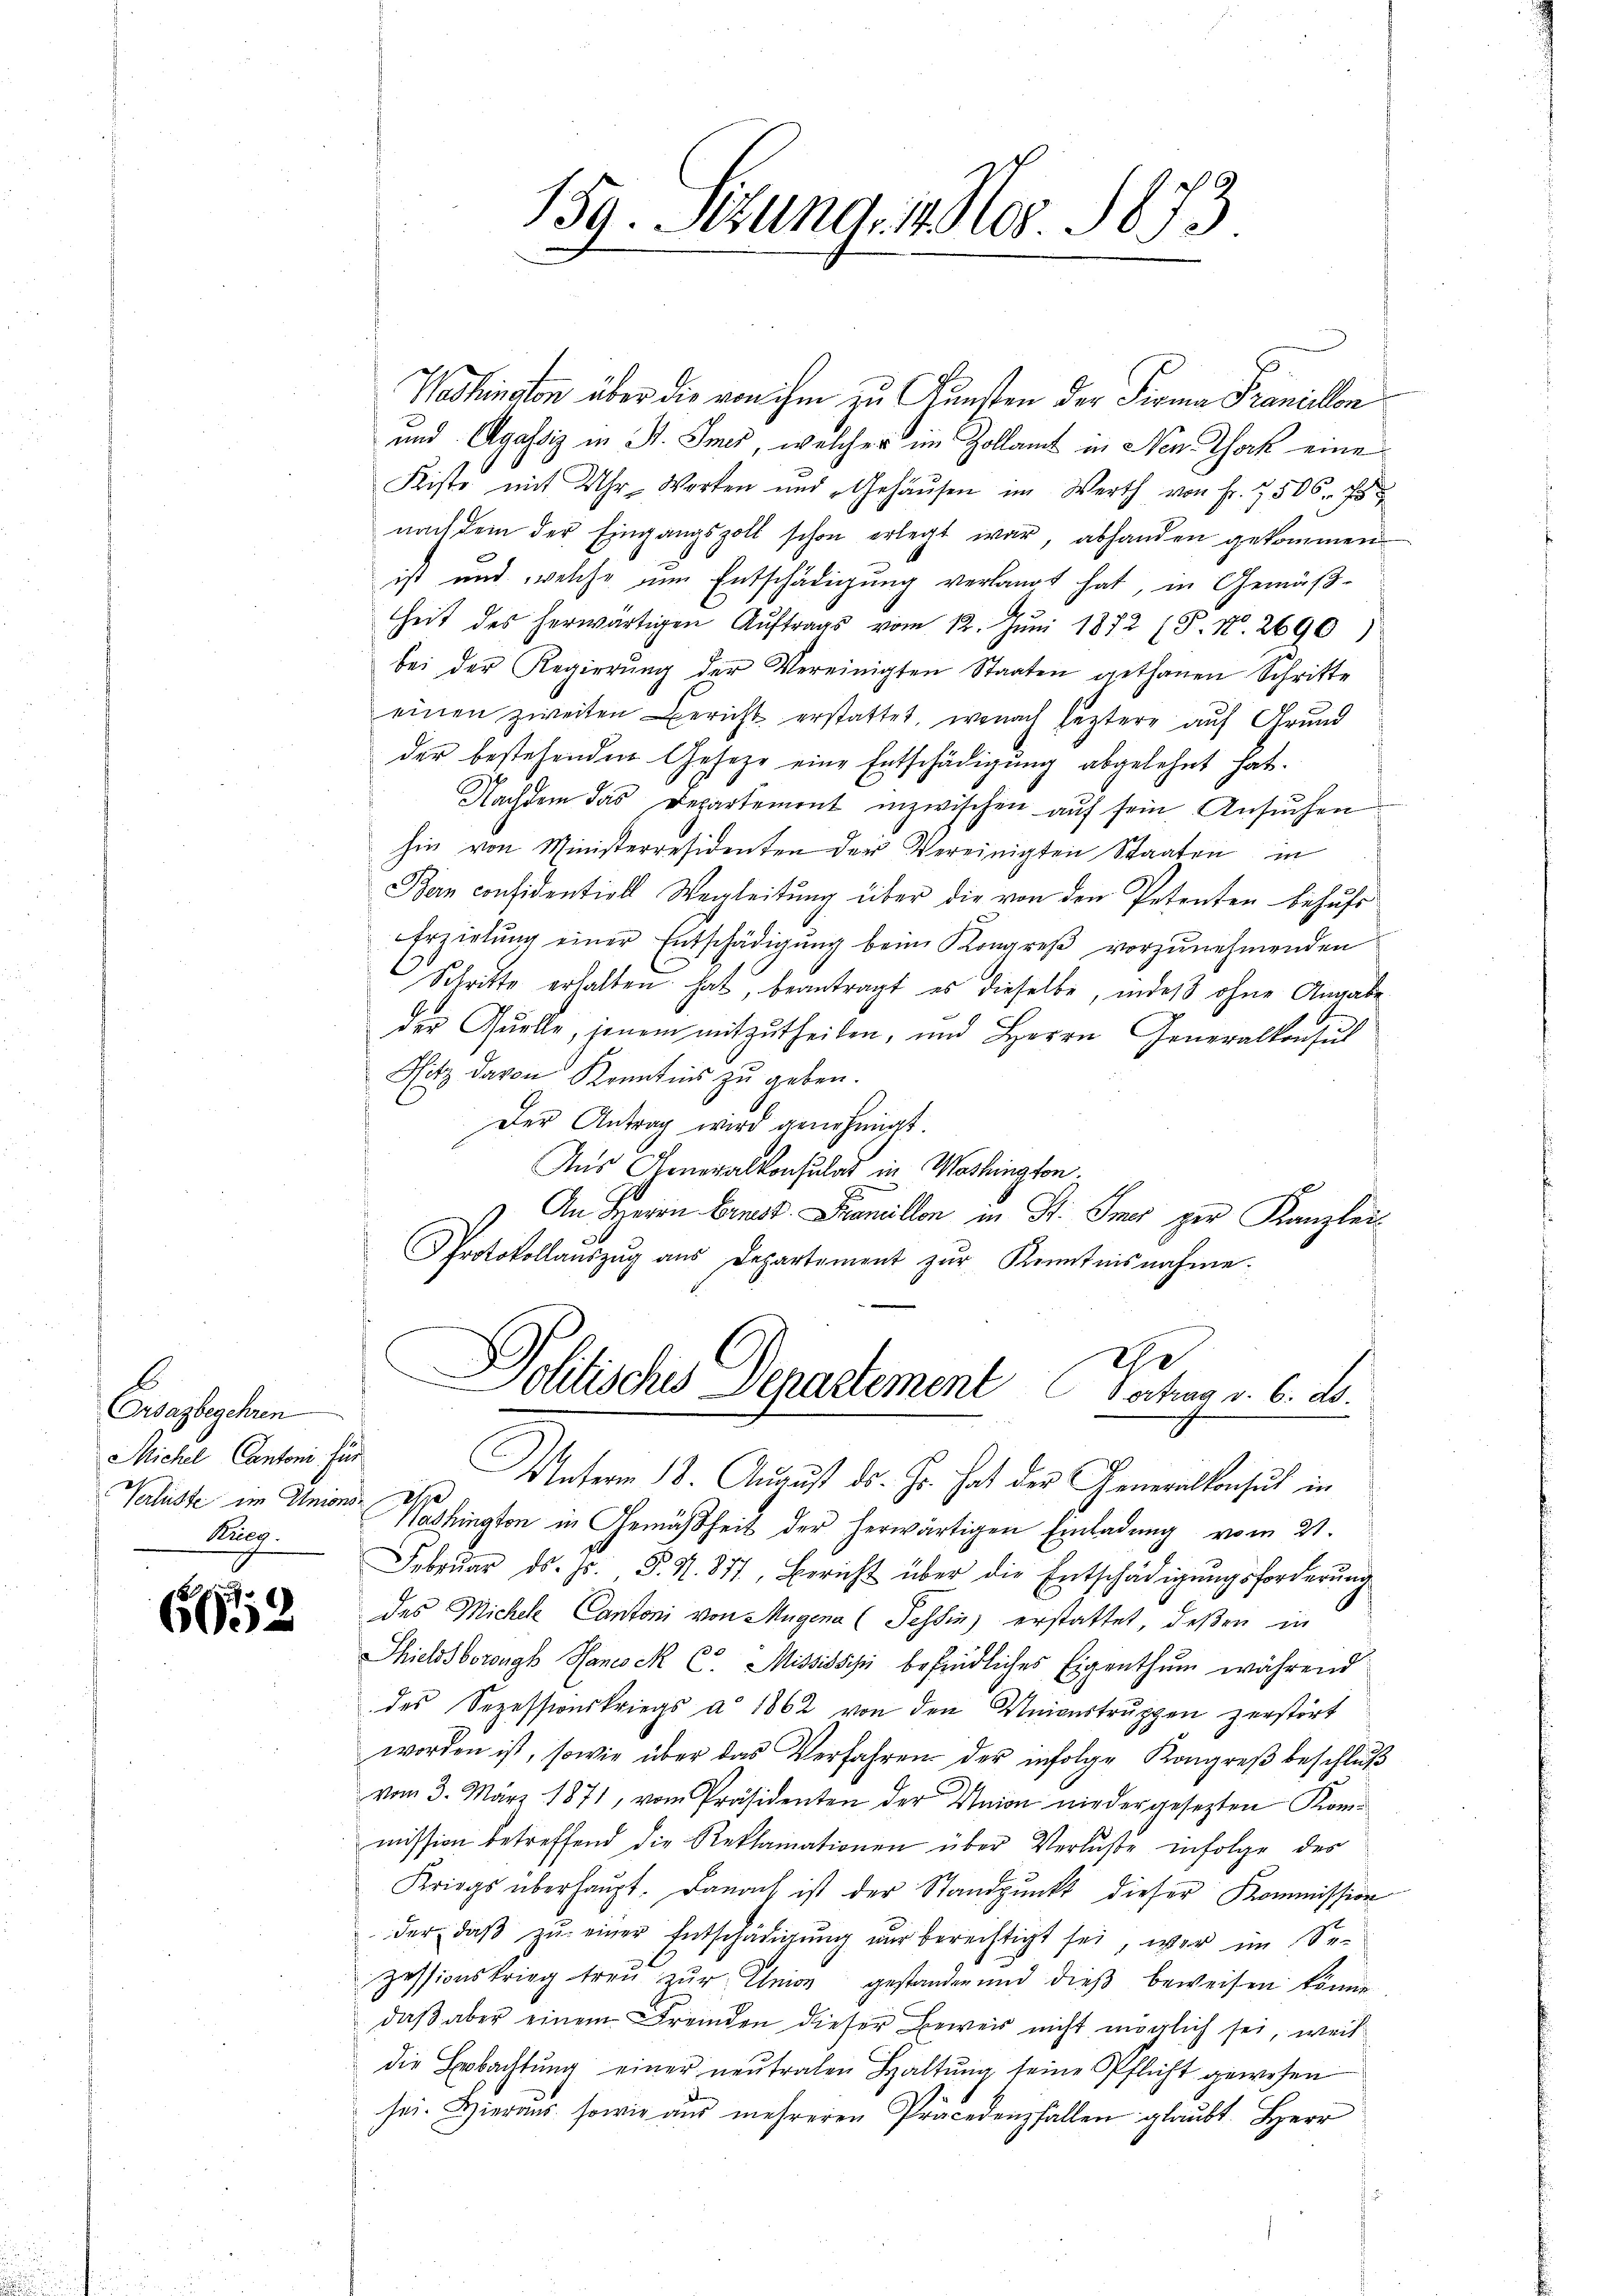
b
Ordazbegehren
Michel, Cantoni für
Krieg.

c
695

159. Stund, 14 Nov 1873

Washington über die von ihm zu Gunsten der Firma Francellen
und Agassiz in St. Smes, welcher im Zollamt in Nen Thock eine
Kiste mit Uhr. Werken und Gehäŭsen im Werth von Fr. 7506. 7
nach dem der Eingangszoll schon erlegt war, abhanden gekommen
ist und welche um Entschädigung verlangt hat, in Gemäßheit des herwärtigen Aŭftrags vom 12. Jŭni 1872 (P. Nr. 2690)
bei der Regierŭng der Vereinigten Staaten gethanen Schritte
einen zweiten Bericht erstattet, wonach leztere auf Grund
der bestehenden Gesetze eine Entschädigung abgelehnt hat.
Nachdem das Departement inzwischen auf sein Ansuchen
hin von Ministerresidenten der Vereinigten Staaten in
Bern considentiell Wegleitung über die von den Petenten behufs
Erzielŭng einer Entschädigŭng beim Kongreß vorzunehmenden
Schritte erhalten hat, beantragt es dieselbe, indeß ohne Angabe
der Quelle, jenem mitzutheilen, und Herrn Generalkonsul
Sitz davon Kenntnis zu geben.
Der Antrag wird genehmigt.
Aus Generalkonsulat in Washington.
1. An Herrn Ernst. Famillon in St. Gmes per Kanzlei¬
Protokollaŭszŭg aŭs Departement zŭr Kenntnisnahme.
Ehe
Politisches Departement Vertrag v. 6. ds.
Maserm 18. August ds. Js. hat der Generalkonsul in
Valuste im Unions Washington in Gemäßheit der herwärtigen Einladung vom 21.
Febrŭar ds. J. P. N. 857, Bericht über die Entschädigungsforderung
des Michel Cantoni von Mugina (Tessin erstattet, deßen in
Thicldsborongs Hanock C. Mississisi befindliches Eigenthŭm während
des Sezessionskriegs à 1862 von den Unionstruppen zerstört
worden ist, sowie über das Verfahren der infolge Kongreβ beschlŭβ
vom 3. März 1871, vom Präsidenten der Union niedergesezten Kommission betreffend die Reklamationen über Verluste infolge des
Kriegs überhaŭpt. Danach ist der Standpŭnkt dieser Kommission
der, daβ zŭ einer Entschädigŭng nŭr berechtigt sei, war im Se-
zessionskrieg treŭ zŭr Union gestanden und dieβ beweisen könne
daß aber einem Fremden dieser Beweis nicht möglich sei, weil
die Bobachtung einer neutralen Haltung seine Pflicht gewesen
sei. Hieraus, sowie aus mehreren Präcedenfallen glaubt. Herr